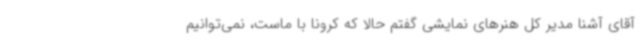
آقای آشنا مدیر کل هنرهای نمایشی گفتم حالا که کرونا با ماست، نمی‌توانیم